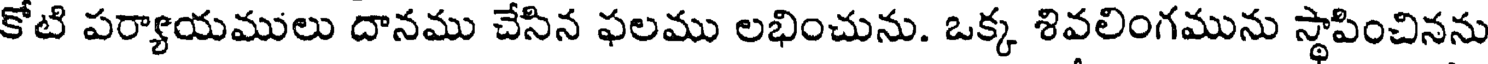
కోటి పర్యాయములు దానము చేసిన ఫలము లభించును. ఒక్క శివలింగమును స్థాపించినను